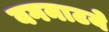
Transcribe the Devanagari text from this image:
वगनाटये